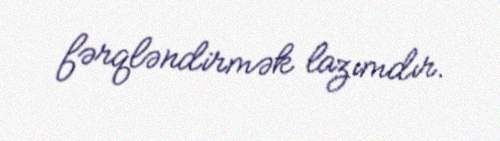
fərqləndirmək lazımdır.